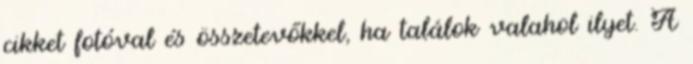
cikket fotóval és összetevőkkel, ha találok valahol ilyet. A